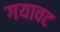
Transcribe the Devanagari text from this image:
गयावट